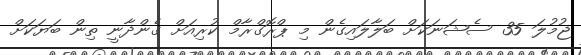
ޖުމުލަ 35 ސެޝަނަކަށް ބަލާލައިގެން މި ޕްރޮގްރާމް ކުރިއަށް ގެންދާނީ ތިން ބަޔަކަށް